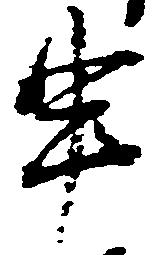
申